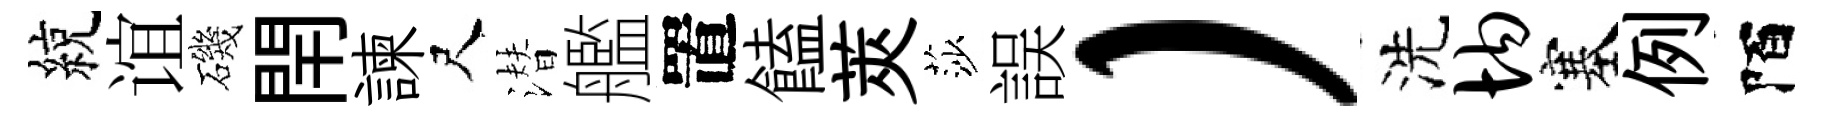
綂谊磯閈諫尺潜艦置饁莢莎誤）洗均塞例陌